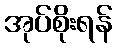
အုပ်စိုးရန်